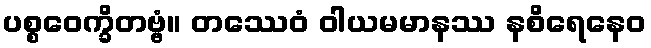
ပစ္စဝေက္ခိတဗ္ဗံ။ တဿေဝံ ဝါယမမာနဿ နစိရေနေဝ